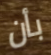
بأن